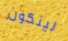
لينكون